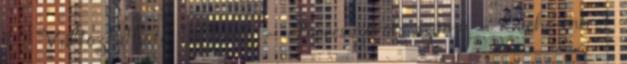
1 ● Változtatható faktorok – Processzorok száma – Cache-méret